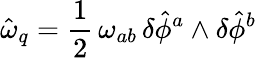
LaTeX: \hat{\omega}_{q}=\frac{1}{2}\, \omega_{ab}\, \delta\hat{\phi}^{a}\wedge\delta\hat{\phi}^{b}